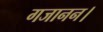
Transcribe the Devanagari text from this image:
गजानन।